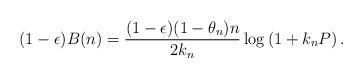
LaTeX: \begin{align*}(1-\epsilon) B(n) = \frac{(1 - \epsilon) ( 1 - \theta_n) n }{2 k_n} \log \left( 1 + k_n P \right).\end{align*}